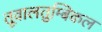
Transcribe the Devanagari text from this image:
तूवालतुम्बिकल